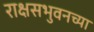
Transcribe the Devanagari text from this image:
राक्षसभुवनच्या